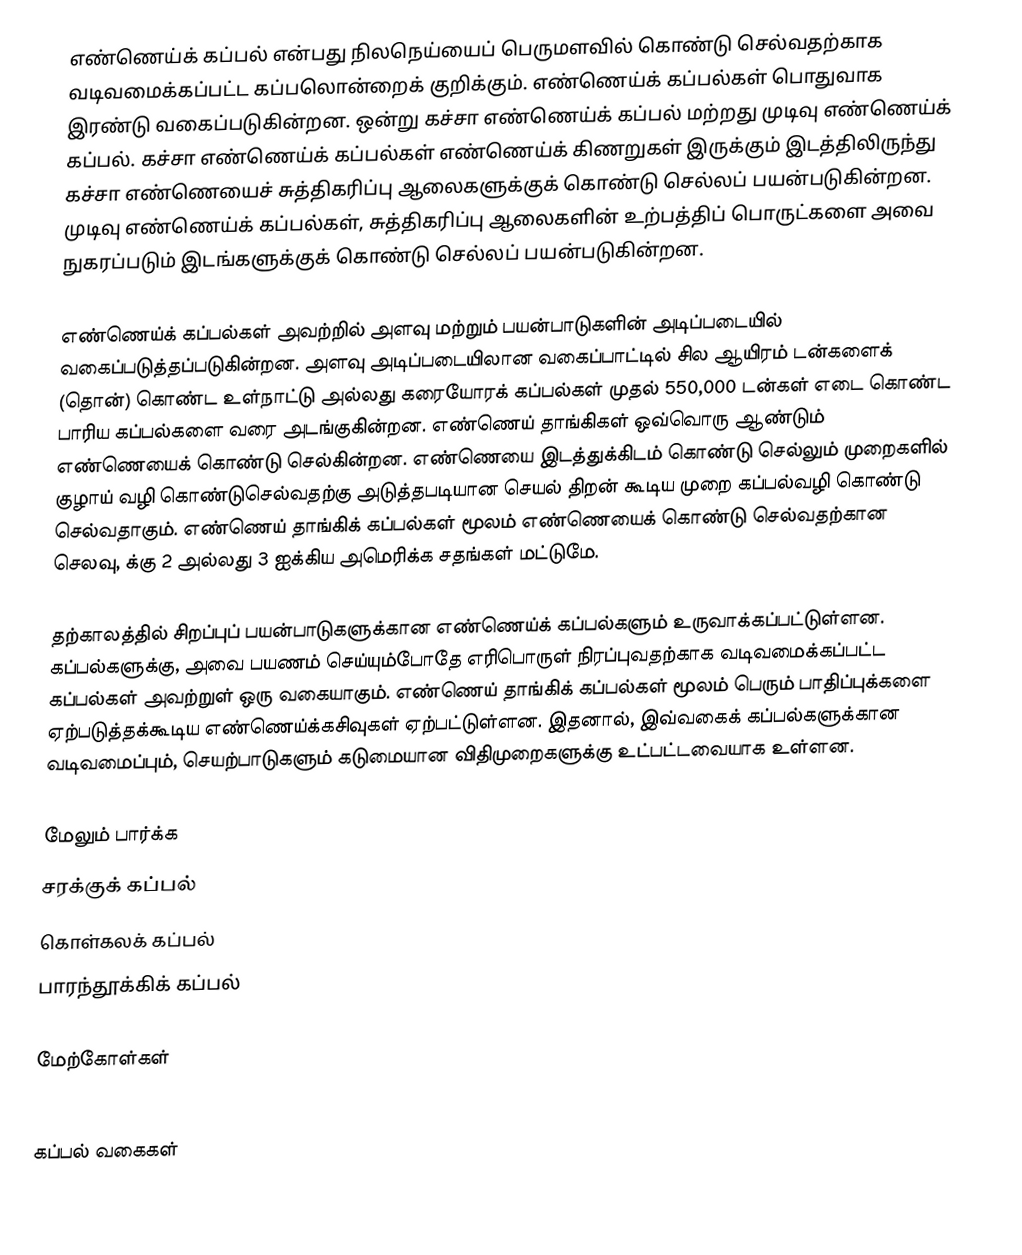
எண்ணெய்க் கப்பல் என்பது நிலநெய்யைப் பெருமளவில் கொண்டு செல்வதற்காக வடிவமைக்கப்பட்ட கப்பலொன்றைக் குறிக்கும். எண்ணெய்க் கப்பல்கள் பொதுவாக இரண்டு வகைப்படுகின்றன. ஒன்று கச்சா எண்ணெய்க் கப்பல் மற்றது முடிவு எண்ணெய்க் கப்பல்.  கச்சா எண்ணெய்க் கப்பல்கள் எண்ணெய்க் கிணறுகள் இருக்கும் இடத்திலிருந்து கச்சா எண்ணெயைச் சுத்திகரிப்பு ஆலைகளுக்குக் கொண்டு செல்லப் பயன்படுகின்றன. முடிவு எண்ணெய்க் கப்பல்கள், சுத்திகரிப்பு ஆலைகளின் உற்பத்திப் பொருட்களை அவை நுகரப்படும் இடங்களுக்குக் கொண்டு செல்லப் பயன்படுகின்றன.

எண்ணெய்க் கப்பல்கள் அவற்றில் அளவு மற்றும் பயன்பாடுகளின் அடிப்படையில் வகைப்படுத்தப்படுகின்றன. அளவு அடிப்படையிலான வகைப்பாட்டில் சில ஆயிரம் டன்களைக் (தொன்) கொண்ட உள்நாட்டு அல்லது கரையோரக் கப்பல்கள் முதல் 550,000 டன்கள் எடை கொண்ட பாரிய கப்பல்களை வரை அடங்குகின்றன. எண்ணெய் தாங்கிகள் ஒவ்வொரு ஆண்டும்  எண்ணெயைக் கொண்டு செல்கின்றன. எண்ணெயை இடத்துக்கிடம் கொண்டு செல்லும் முறைகளில் குழாய் வழி கொண்டுசெல்வதற்கு அடுத்தபடியான செயல் திறன் கூடிய முறை கப்பல்வழி கொண்டு செல்வதாகும். எண்ணெய் தாங்கிக் கப்பல்கள் மூலம் எண்ணெயைக் கொண்டு செல்வதற்கான செலவு, க்கு 2 அல்லது 3 ஐக்கிய அமெரிக்க சதங்கள் மட்டுமே.

தற்காலத்தில் சிறப்புப் பயன்பாடுகளுக்கான எண்ணெய்க் கப்பல்களும் உருவாக்கப்பட்டுள்ளன. கப்பல்களுக்கு, அவை பயணம் செய்யும்போதே எரிபொருள் நிரப்புவதற்காக வடிவமைக்கப்பட்ட கப்பல்கள் அவற்றுள் ஒரு வகையாகும். எண்ணெய் தாங்கிக் கப்பல்கள் மூலம் பெரும் பாதிப்புக்களை ஏற்படுத்தக்கூடிய எண்ணெய்க்கசிவுகள் ஏற்பட்டுள்ளன. இதனால், இவ்வகைக் கப்பல்களுக்கான வடிவமைப்பும், செயற்பாடுகளும் கடுமையான விதிமுறைகளுக்கு உட்பட்டவையாக உள்ளன.

மேலும் பார்க்க
 சரக்குக் கப்பல்
 கொள்கலக் கப்பல்
 பாரந்தூக்கிக் கப்பல்

மேற்கோள்கள்

கப்பல் வகைகள்